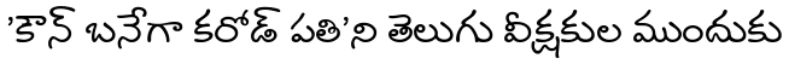
'కౌన్ బనేగా కరోడ్ పతి'ని తెలుగు వీక్షకుల ముందుకు